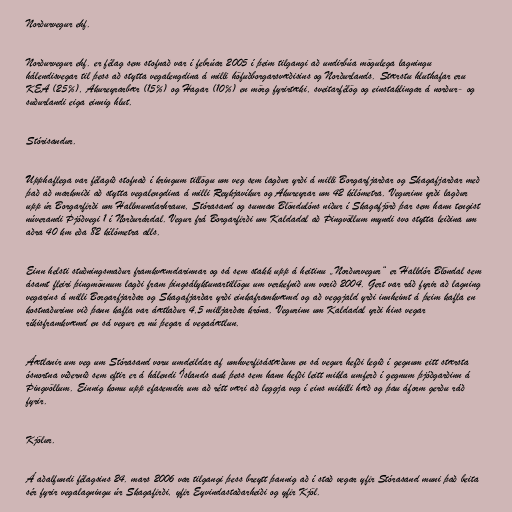
Norðurvegur ehf.

Norðurvegur ehf. er félag sem stofnað var í febrúar 2005 í þeim tilgangi að undirbúa mögulega lagningu
hálendisvegar til þess að stytta vegalengdina á milli höfuðborgarsvæðisins og Norðurlands. Stærstu hluthafar eru
KEA (25%), Akureyrarbær (15%) og Hagar (10%) en mörg fyrirtæki, sveitarfélög og einstaklingar á norður- og
suðurlandi eiga einnig hlut.

Stórisandur.

Upphaflega var félagið stofnað í kringum tillögu um veg sem lagður yrði á milli Borgarfjarðar og Skagafjarðar með
það að markmiði að stytta vegalengdina á milli Reykjavíkur og Akureyrar um 42 kílómetra. Vegurinn yrði lagður
upp úr Borgarfirði um Hallmundarhraun, Stórasand og sunnan Blöndulóns niður í Skagafjörð þar sem hann tengist
núverandi Þjóðvegi 1 í Norðurárdal. Vegur frá Borgarfirði um Kaldadal að Þingvöllum myndi svo stytta leiðina um
aðra 40 km eða 82 kílómetra alls.

Einn helsti stuðningsmaður framkvæmdarinnar og sá sem stakk upp á heitinu „Norðurvegur“ er Halldór Blöndal sem
ásamt fleiri þingmönnum lagði fram þingsályktunartillögu um verkefnið um vorið 2004. Gert var ráð fyrir að lagning
vegarins á milli Borgarfjarðar og Skagafjarðar yrði einkaframkvæmd og að veggjald yrði innheimt á þeim kafla en
kostnaðurinn við þann kafla var áætlaður 4,5 milljarðar króna. Vegurinn um Kaldadal yrði hins vegar
ríkisframkvæmd en sá vegur er nú þegar á vegaáætlun.

Áætlanir um veg um Stórasand voru umdeildar af umhverfisástæðum en sá vegur hefði legið í gegnum eitt stærsta
ósnortna víðernið sem eftir er á hálendi Íslands auk þess sem hann hefði leitt mikla umferð í gegnum þjóðgarðinn á
Þingvöllum. Einnig komu upp efasemdir um að rétt væri að leggja veg í eins mikilli hæð og þau áform gerðu ráð
fyrir.

Kjölur.

Á aðalfundi félagsins 24. mars 2006 var tilgangi þess breytt þannig að í stað vegar yfir Stórasand muni það beita
sér fyrir vegalagningu úr Skagafirði, yfir Eyvindastaðarheiði og yfir Kjöl.